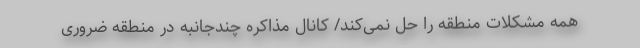
همه مشکلات منطقه را حل نمی‌کند/ کانال مذاکره چندجانبه در منطقه ضروری